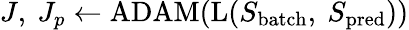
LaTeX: J,\ J_{p}\gets\mathrm{ADAM}(\mathrm{L}(S_{\mathrm{batch}},\ S_{\mathrm{pred}}))